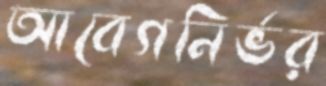
আবেগনির্ভর